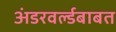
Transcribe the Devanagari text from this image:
अंडरवर्ल्डबाबत